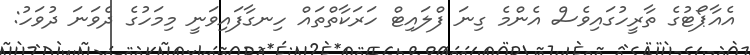
އެއާޕޯޓުގެ ތާރީހުގައިވެސް އެންމެ ގިނަ ފްލައިޓް ހަރަކާތްތައް ހިނގާފައިވަނީ މިމަހުގެ ދެވަނަ ދުވަހު: